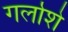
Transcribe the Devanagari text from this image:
गर्लाशे